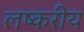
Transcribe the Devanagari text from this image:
लष्करीय